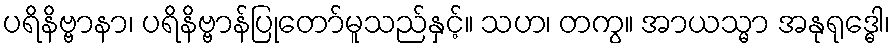
ပရိနိဗ္ဗာနာ၊ ပရိနိဗ္ဗာန်ပြုတော်မူသည်နှင့်။ သဟ၊ တကွ။ အာယသ္မာ အနုရုဒ္ဓေါ၊